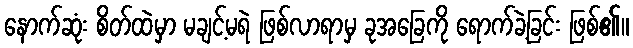
နောက်ဆုံး စိတ်ထဲမှာ မချင့်မရဲ ဖြစ်လာရာမှ ခုအခြေကို ရောက်ခဲ့ခြင်း ဖြစ်၏။